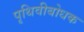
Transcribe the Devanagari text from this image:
पृथिवीबोधक